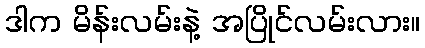
ဒါက မိန်းလမ်းနဲ့ အပြိုင်လမ်းလား။